Document type: Dowry acquittance
Year: 1240
Scribe: Pere de Bages
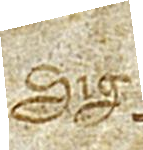
Sig